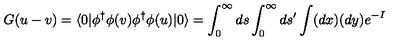
G ( u - v ) = \langle 0 | \phi ^ { \dagger } \phi ( v ) \phi ^ { \dagger } \phi ( u ) | 0 \rangle = \int _ { 0 } ^ { \infty } d s \int _ { 0 } ^ { \infty } d s ^ { \prime } \int ( d x ) ( d y ) e ^ { - I }